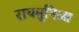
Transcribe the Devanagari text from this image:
रायमुनिआ